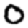
Digit: 0